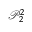
\mathcal { P } _ { 2 } ^ { 2 }